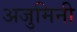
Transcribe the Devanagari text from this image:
अजुमिनी